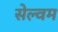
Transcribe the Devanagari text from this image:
सेल्वम